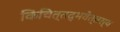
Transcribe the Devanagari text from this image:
किंचित्तद्भवेत्तस्य